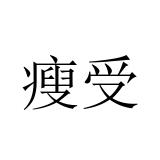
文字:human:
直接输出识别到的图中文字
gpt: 瘦受